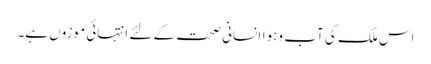
اس ملک کی آب وہواانسانی صحت کے لئے انتہائی موزوں ہے۔